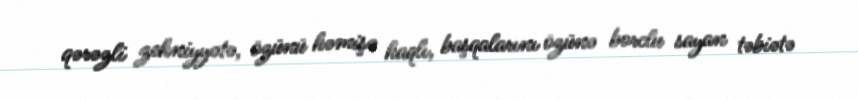
qərəzli zehniyyətə, özünü həmişə haqlı, başqalarını özünə borclu sayan təbiətə